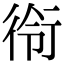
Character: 衑